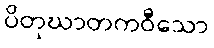
ပိတုဃာတကဝီသော